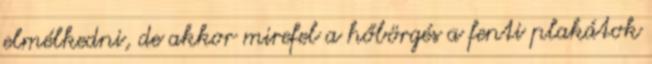
elmélkedni, de akkor mirefel a hőbörgés a fenti plakátok